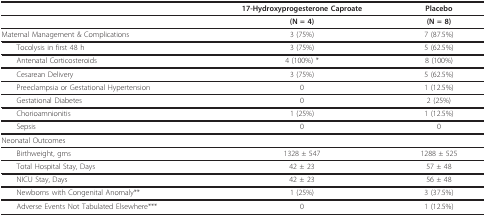
<table><thead><tr><td></td><td><b>17-Hydroxyprogesterone Caproate</b></td><td><b>Placebo</b></td></tr></thead><tbody><tr><td></td><td><b>(N = 4)</b></td><td><b>(N = 8)</b></td></tr><tr><td>Maternal Management &amp; Complications</td><td>3 (75%)</td><td>7 (87.5%)</td></tr><tr><td> Tocolysis in first 48 h</td><td>3 (75%)</td><td>5 (62.5%)</td></tr><tr><td> Antenatal Corticosteroids</td><td>4 (100%) *</td><td>8 (100%)</td></tr><tr><td> Cesarean Delivery</td><td>3 (75%)</td><td>5 (62.5%)</td></tr><tr><td> Preeclampsia or Gestational Hypertension</td><td>0</td><td>1 (12.5%)</td></tr><tr><td> Gestational Diabetes</td><td>0</td><td>2 (25%)</td></tr><tr><td> Chorioamnionitis</td><td>1 (25%)</td><td>1 (12.5%)</td></tr><tr><td> Sepsis</td><td>0</td><td>0</td></tr><tr><td colspan="3">Neonatal Outcomes</td></tr><tr><td> Birthweight, gms</td><td>1328 ± 547</td><td>1288 ± 525</td></tr><tr><td> Total Hospital Stay, Days</td><td>42 ± 23</td><td>57 ± 48</td></tr><tr><td> NICU Stay, Days</td><td>42 ± 23</td><td>56 ± 48</td></tr><tr><td> Newborns with Congenital Anomaly**</td><td>1 (25%)</td><td>3 (37.5%)</td></tr><tr><td> Adverse Events Not Tabulated Elsewhere***</td><td>0</td><td>1 (12.5%)</td></tr></tbody></table>